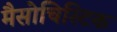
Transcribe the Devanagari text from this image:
मैसोचिस्टिक